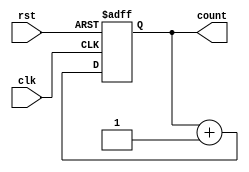
module counter_with_reset (
    input wire clk,          // Clock input
    input wire rst,          // Active-high reset input
    output reg [7:0] count   // 8-bit counter output
);

// Asynchronous reset behavior
always @(posedge clk or posedge rst) begin
    if (rst) begin
        // Behavior on reset: initialize the counter to zero
        count <= 8'b0;      // Set counter to zero
    end else begin
        // Normal operation: increment the counter
        count <= count + 1; // Increment counter on clock edge
    end
end

endmodule